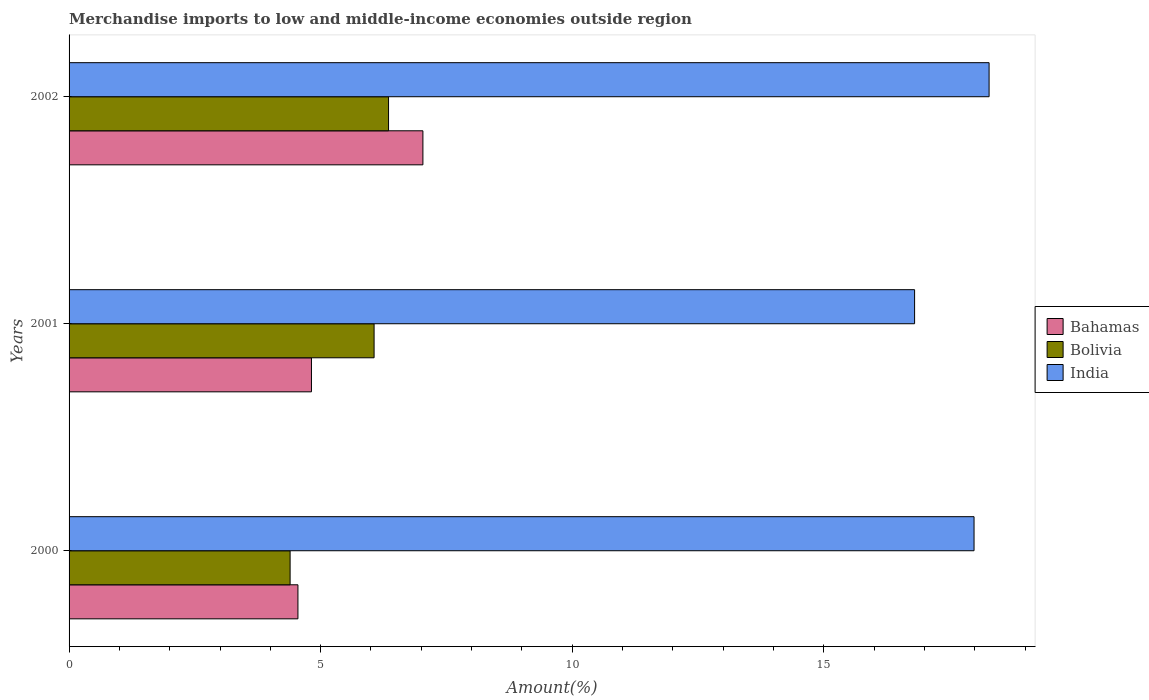
| Years | Bahamas | Bolivia | India |
 | --- | --- | --- | --- |
 | 2000 | 4.55 | 4.39 | 18 |
 | 2001 | 4.82 | 6.06 | 16.8 |
 | 2002 | 7.03 | 6.35 | 18.3 |